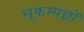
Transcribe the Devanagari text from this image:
भूकम्पज्ञों